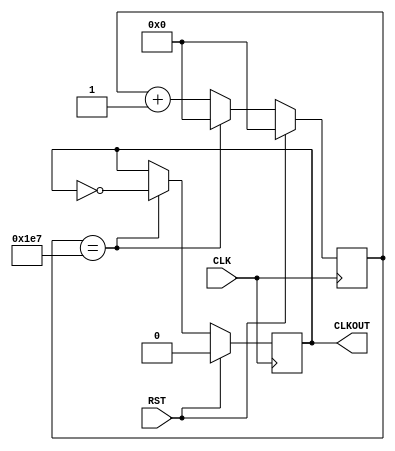
`timescale 1ns / 1ps
//////////////////////////////////////////////////////////////////////////////////
// Company: Digilent Inc.
// Modified by Randon Stasney, Dakota Ward, Naveen Yalla, Kajal Zatale
// 
// Module Name:    		ClkDiv_66_67kHz 
// Project Name: 	 	PmodJSTK_Demo
// Target Devices: 		Nexys4 DDR
// Tool versions:  		vivado 2015
// Description: Converts input 65MHz clock signal to a 66.67kHz clock signal.
//
// Revision History: 
// 						Revision 1.01 - File Created (Josh Sackos)
// June 2016			converted to use 65 MHz clock from vivado for nexys4
//////////////////////////////////////////////////////////////////////////////////

// ============================================================================== 
// 										  Define Module
// ==============================================================================
module ClkDiv_66_67kHz(
    CLK,											// 65MHz sysclk
    RST,											// Reset
    CLKOUT										// New clock output
    );

// ===========================================================================
// 										Port Declarations
// ===========================================================================
	input CLK;
	input RST;
	output CLKOUT;

// ===========================================================================
// 							  Parameters, Regsiters, and Wires
// ===========================================================================
	// Output register
	reg CLKOUT = 1'b1;

	// Value to toggle output clock at
	parameter cntEndVal = 10'b0111100111;
	// Current count
	reg [9:0] clkCount = 10'b0000000000;

// ===========================================================================
// 										Implementation
// ===========================================================================

	//----------------------------------------------
	//						Serial Clock
	//			66.67kHz Clock Divider, period 15us
	//----------------------------------------------
	always @(posedge CLK) begin

			// Reset clock
			if(RST == 1'b1) begin
					CLKOUT <= 1'b0;
					clkCount <= 10'b0000000000;
			end
			// Count/toggle normally
			else begin

					if(clkCount == cntEndVal) begin
							CLKOUT <= ~CLKOUT;
							clkCount <= 10'b0000000000;
					end
					else begin
							clkCount <= clkCount + 1'b1;
					end

			end

	end

endmodule